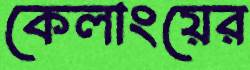
কেলাংয়ের